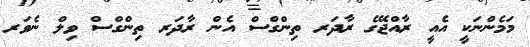
މަމެންނަކީ އެއީ ރާއްޖޭގެ ރާދަރ ތިންގްސް އެން ރާދަރ ތިންގްސް ވިލް ނެވަރ